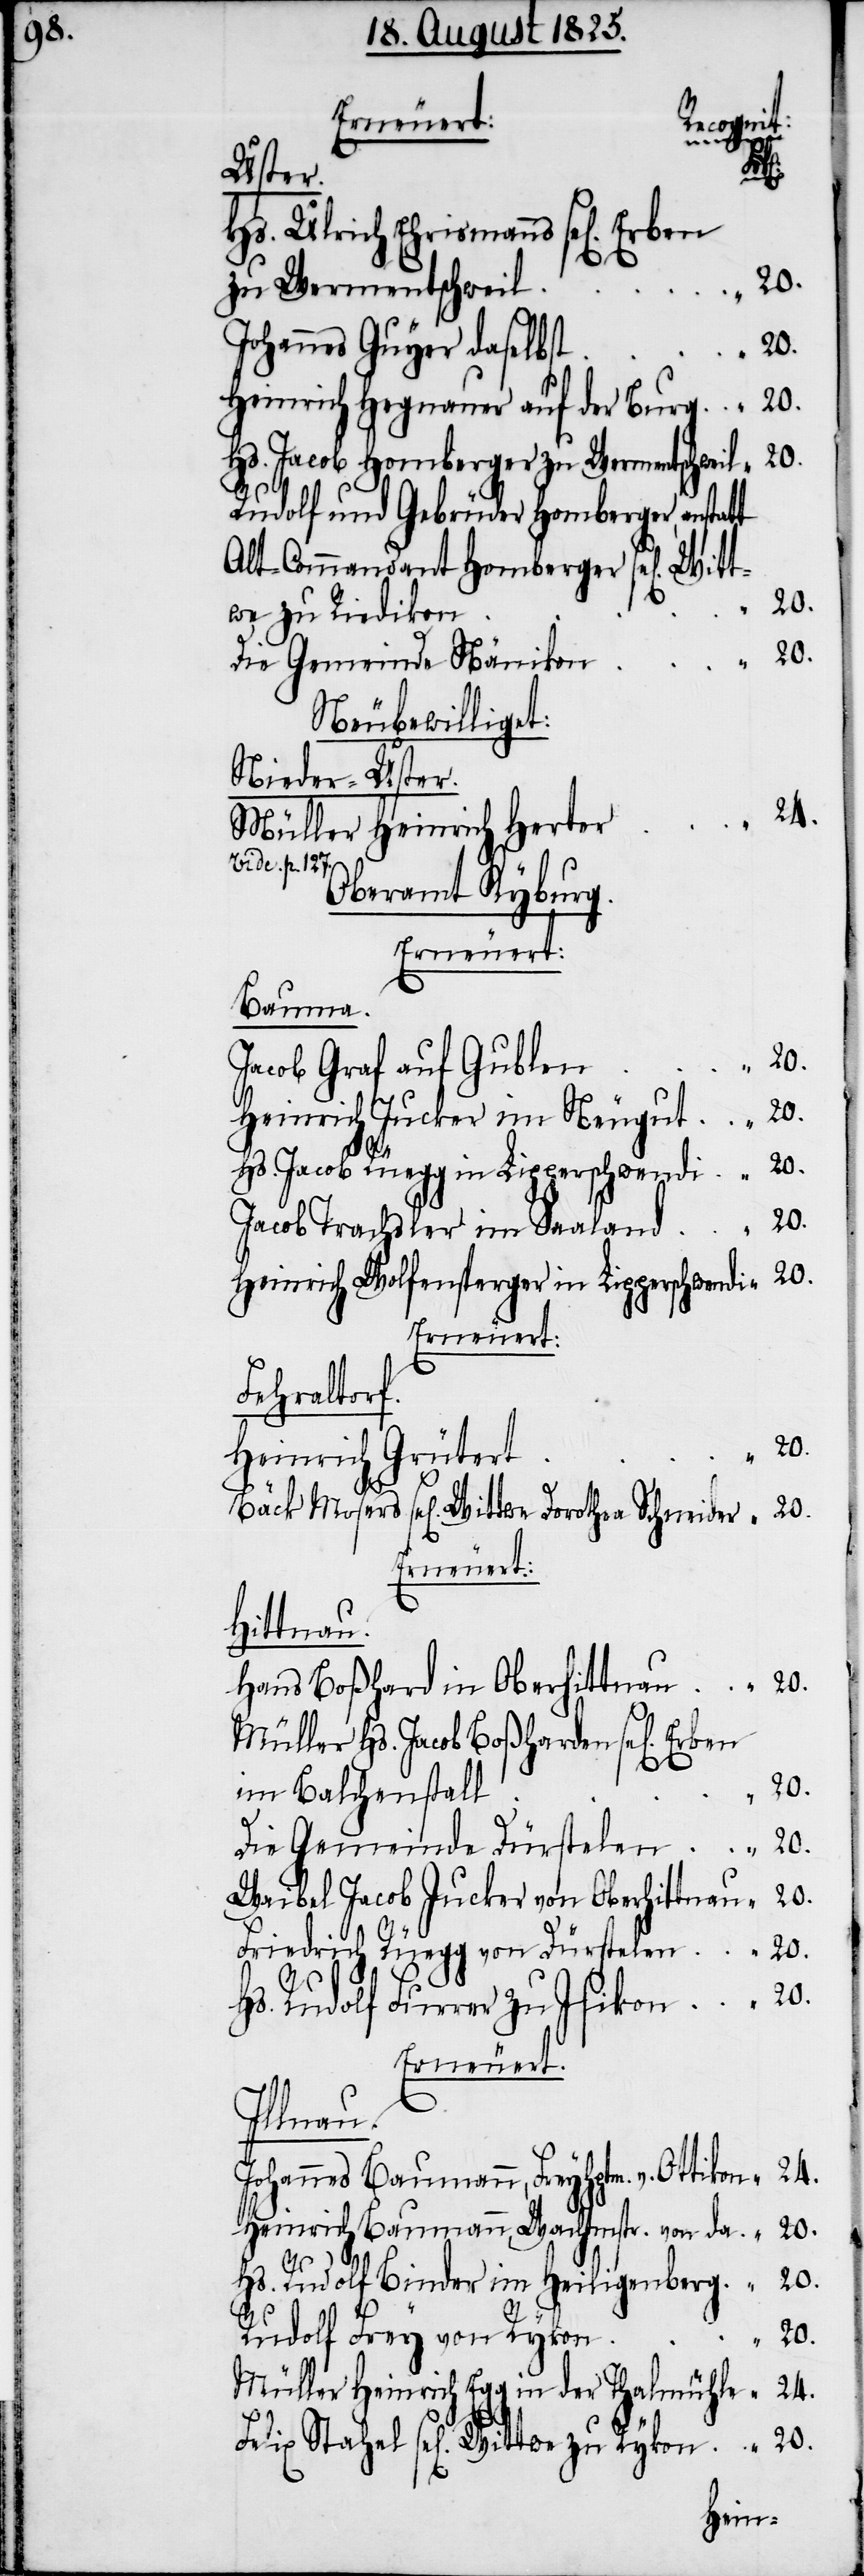
Erneuert:
n	“	20.
Erben
Hs. Ulrich Ehrismanns
l	“	20.
zu Wermentschwei¬
Johannes Guyer daselbs¬
Heinrich Hegnauer auf der Burg	“	20.
Hs. Jacob Homberger zu Wermentschweil	“	20.
Rudolf und Gebrüder Homberger, anstatt
Alt-Commandant Homberger sel[ige¬
Die Gemeinde Näniko¬
Neu bewilligt:
Nieder-Uster.
Müller Heinrich Herte¬
Stahel sel[igen]
Oberamt Kyburg.
Erneuert:
Bauma.
Jacob Graf auf Guble¬
Heinrich Jucker im Neugut	“	20.
Hs. Jacob Ruegg in Lipperschwendi	“	20.
Jacob Trachsler im Saaland	“	20.
Heinrich Wolfensperger in Lipperschwendi	“	20.
Erneuert:
Hittnau.
Hans Boßhard in Oberhittnau	“	20.
Müller Hs. Jacob Boßharden sel[igen]
im Balchenstal¬
Die Gemeinde Dürstelen	“	20.
Waibel Jacob Jucker von Oberhittnau	“	20.
Friedrich Rüegg von Dürstelen	“	20.
Hs. Rudolf Furrer zu Isikon	“	20.
Illnau.
Johannes Baumann, Freyhptm. v. Ottikon	“	24.
Heinrich Baumann Wachenstr. von da.	“	20.
Hs. Rudolf Binder im Heiligenberg	“	20.
Rudolf Frey von Ryko¬
n	“	20.
Müller Heinrich Egg in der Thalmühle	“	24.